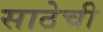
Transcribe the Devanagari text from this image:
साठेची